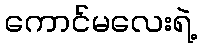
ကောင်မလေးရဲ့